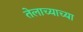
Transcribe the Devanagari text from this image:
तेलाच्याच्या